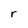
Character: r